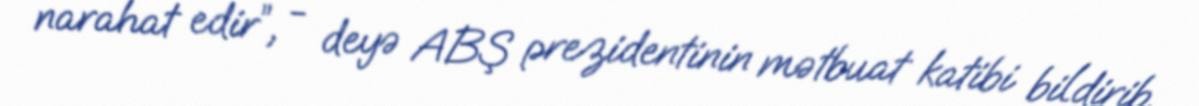
narahat edir”, - deyə ABŞ prezidentinin mətbuat katibi bildirib.